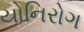
યોનિરોગ